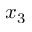
x _ { 3 }